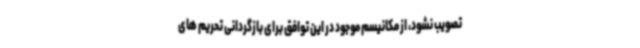
تصویب نشود، از مکانیسم موجود در این توافق برای بازگردانی تحریم های